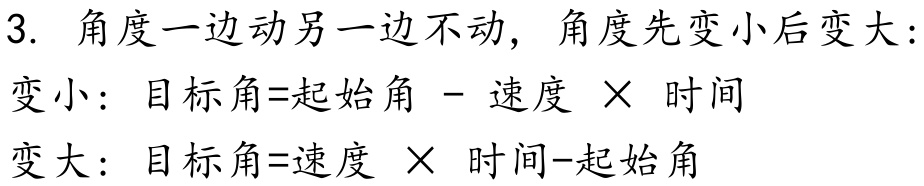
3. 角度一边动另一边不动，角度先变小后变大：
变小：目标角=起始角 - 速度 × 时间
变大：目标角=速度 × 时间-起始角